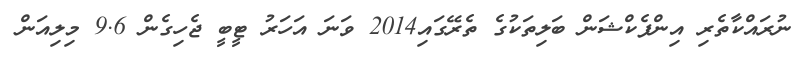
ނުރައްކާތެރި އިންފެކްޝަން ބަލިތަކުގެ ތެރޭގައި2014 ވަނަ އަހަރު ޓީބީ ޖެހިގެން 9.6 މިލިއަން